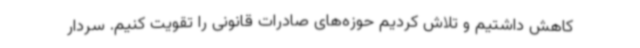
کاهش داشتیم و تلاش کردیم حوزه‌های صادرات قانونی را تقویت کنیم. سردار